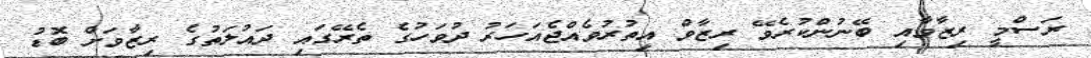
ރަސްމީ ރިޒާވާއި ބޭނުންކުރެވޭ ރިޒާވް އިތުރުވެއްޖެއަހަރު ދުވަހުގެ ތެރޭގައި ދައުލަތުގެ ރިޒާވަށް ބޮޑު